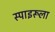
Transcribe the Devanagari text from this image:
स्पाइरूला